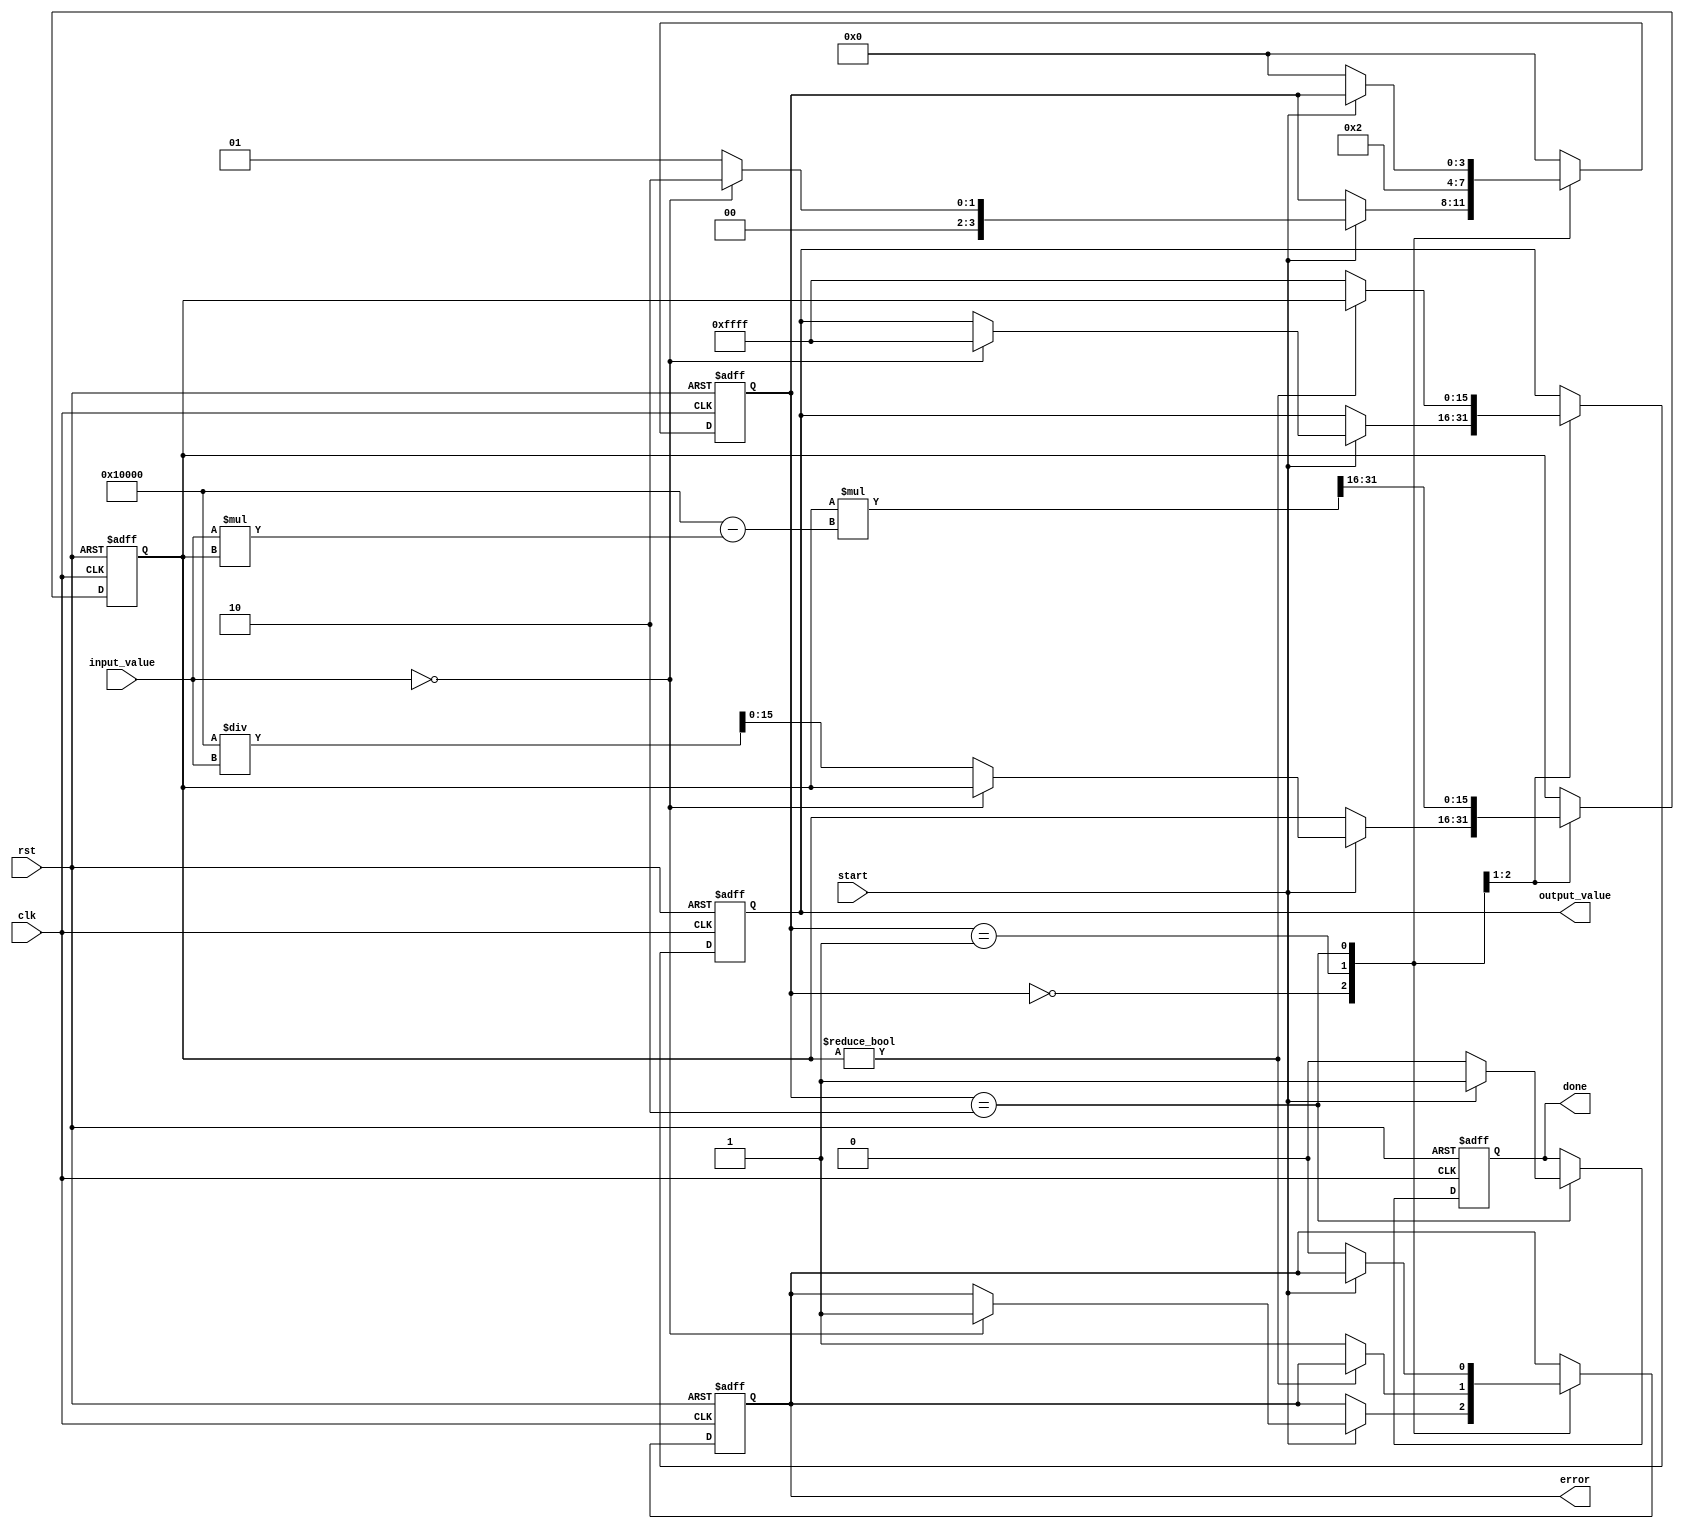
module ReciprocalUnit #(
    parameter WIDTH = 16,      // Input/Output width
    parameter MAX_VALUE = 16'hFFFF // Maximum representable value
)(
    input wire clk,            // Clock signal
    input wire rst,            // Reset signal
    input wire [WIDTH-1:0] input_value, // Input value
    input wire start,          // Start signal
    output reg [WIDTH-1:0] output_value, // Output value (reciprocal)
    output reg done,           // Done signal
    output reg error           // Error signal
);

    reg [WIDTH-1:0] approx;    // Approximation of reciprocal
    reg [3:0] state;            // State for FSM
    parameter IDLE = 0, RECIPROCAL = 1, DONE = 2, ERROR = 3;

    always @(posedge clk or posedge rst) begin
        if (rst) begin
            output_value <= 0;
            done <= 0;
            error <= 0;
            approx <= 0;
            state <= IDLE;
        end else begin
            case (state)
                IDLE: begin
                    if (start) begin
                        if (input_value == 0) begin
                            output_value <= MAX_VALUE; // Handle zero input
                            error <= 1; // Set error flag
                            state <= DONE;
                        end else begin
                            approx <= (1 << WIDTH) / input_value; // Initial approximation
                            state <= RECIPROCAL;
                        end
                    end
                end

                RECIPROCAL: begin
                    // Newton-Raphson iteration: approx = approx * (2 - input_value * approx)
                    approx <= approx * (2 ** WIDTH - input_value * approx) >> WIDTH;
                    // To limit the number of iterations, we can check a convergence condition
                    // Here, we will perform a fixed number of iterations (e.g., 4)
                    if (approx != 0) begin
                        output_value <= approx;
                        state <= DONE;
                    end else begin
                        output_value <= MAX_VALUE; // Handle overflow
                        error <= 1; // Set error flag
                        state <= DONE;
                    end
                end

                DONE: begin
                    done <= 1;
                    if (!start) begin
                        state <= IDLE; // Go back to IDLE state
                        done <= 0;
                        error <= 0; // Clear error flag
                    end
                end

                default: state <= IDLE; // Reset to IDLE for safety
            endcase
        end
    end
endmodule